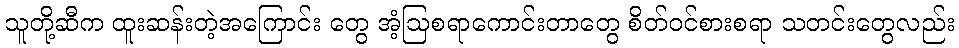
သူတို့ဆီက ထူးဆန်းတဲ့အကြောင်း တွေ အံ့ဩစရာကောင်းတာတွေ စိတ်ဝင်စားစရာ သတင်းတွေလည်း